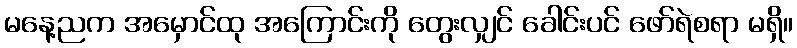
မနေ့ညက အမှောင်ထု အကြောင်းကို တွေးလျှင် ခေါင်းပင် ဖော်ရဲစရာ မရှိ။